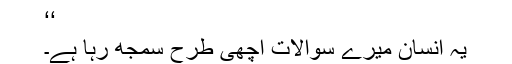
‘‘
یہ انسان میرے سوالات اچھی طرح سمجھ رہا ہے۔